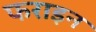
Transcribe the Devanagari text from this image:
फराइन